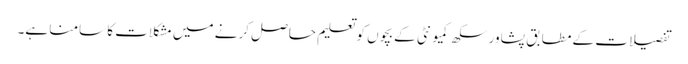
تفصیلات کے مطابق پشاور سکھ کمیونٹی کے بچوں کو تعلیم حاصل کرنے میں مشکلات کا سامنا ہے۔